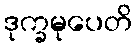
ဒုက္ခမုပေတိ